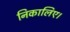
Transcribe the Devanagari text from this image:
निकालिए।